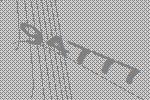
94777